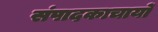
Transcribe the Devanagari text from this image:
संपादकाचार्यों